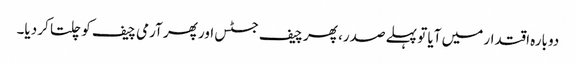
دوبارہ اقتدار میں آیا تو پہلے صدر، پھر چیف جسٹس اور پھر آرمی چیف کو چلتا کر دیا۔